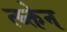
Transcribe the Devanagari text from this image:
त्य्क्तेन